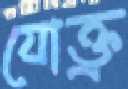
যোক্ত্র